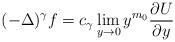
LaTeX: \begin{align*}(-\Delta)^\gamma f = c_\gamma \lim_{y\to0} y^{m_0}\frac{\partial U}{\partial y}\end{align*}